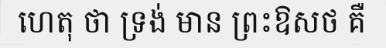
ហេតុ ថា ទ្រង់ មាន ព្រះឱសថ គឺ